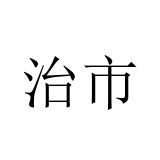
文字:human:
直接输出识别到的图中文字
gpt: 治市